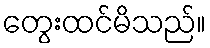
တွေးထင်မိသည်။